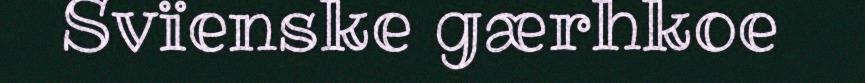
Svïenske gærhkoe